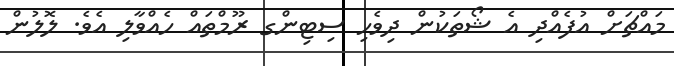
މައްޗަށް އުފެއްދި އެ ޝޯތަކުން ދިވެހި ސިޓިންގ ރޫމްތައް ހެއްވާލި އެވެ. ލޮލުން